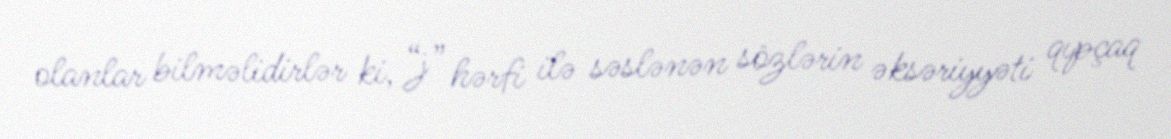
olanlar bilməlidirlər ki, “j” hərfi ilə səslənən sözlərin əksəriyyəti qıpçaq